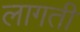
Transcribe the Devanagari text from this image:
लागती